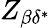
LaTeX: Z_{\beta\delta^{*}}